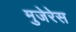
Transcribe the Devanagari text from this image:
मुजेरेस